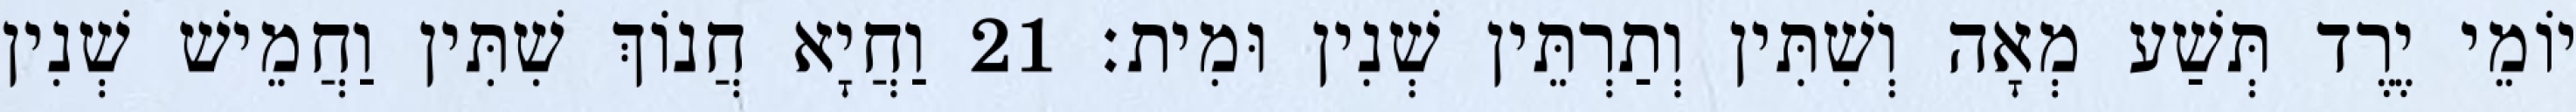
יוֹמֵי יֶרֶד תְּשַׁע מְאָה וְשִׁתִּין וְתַרְתֵּין שְׁנִין וּמִית׃ 21 וַחֲיָא חֲנוֹךְ שִׁתִּין וַחֲמֵישׁ שְׁנִין